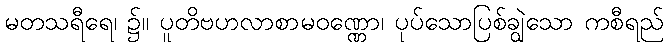
မတသရီရေ၊ ၌။ ပူတိဗဟလာစာမဝဏ္ဏော၊ ပုပ်သောပြစ်ချွဲသော ကစီရည်